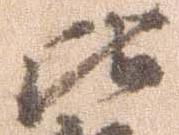
比